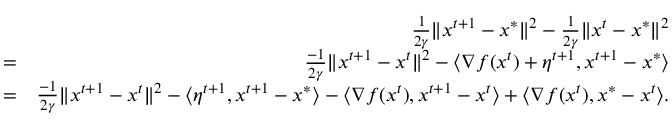
\begin{array} { r l r } & { } & { \frac { 1 } { 2 \gamma } \Vert x ^ { t + 1 } - x ^ { * } \Vert ^ { 2 } - \frac { 1 } { 2 \gamma } \Vert x ^ { t } - x ^ { * } \Vert ^ { 2 } } \\ & { = } & { \frac { - 1 } { 2 \gamma } \Vert x ^ { t + 1 } - x ^ { t } \Vert ^ { 2 } - \langle \nabla f ( x ^ { t } ) + \eta ^ { t + 1 } , x ^ { t + 1 } - x ^ { * } \rangle } \\ & { = } & { \frac { - 1 } { 2 \gamma } \Vert x ^ { t + 1 } - x ^ { t } \Vert ^ { 2 } - \langle \eta ^ { t + 1 } , x ^ { t + 1 } - x ^ { * } \rangle - \langle \nabla f ( x ^ { t } ) , x ^ { t + 1 } - x ^ { t } \rangle + \langle \nabla f ( x ^ { t } ) , x ^ { * } - x ^ { t } \rangle . } \end{array}